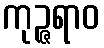
ကုဉ္ဇရာဝ